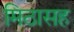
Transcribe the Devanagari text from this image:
मिठासह